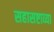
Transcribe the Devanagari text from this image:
सहासष्टाव्या